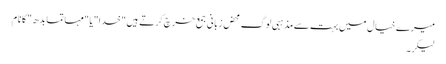
میرے خیال میں بہت سے مذہبی لوگ محض زبانی جمع خرچ کرتے ہیں "خدا" یا "مہاتما بدھ" کا نام
لیکر۔